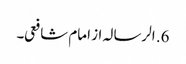
6. الرسالہ از امام شافعی۔